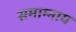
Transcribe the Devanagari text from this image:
समाम्नाय